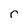
Character: r